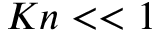
K n < < 1